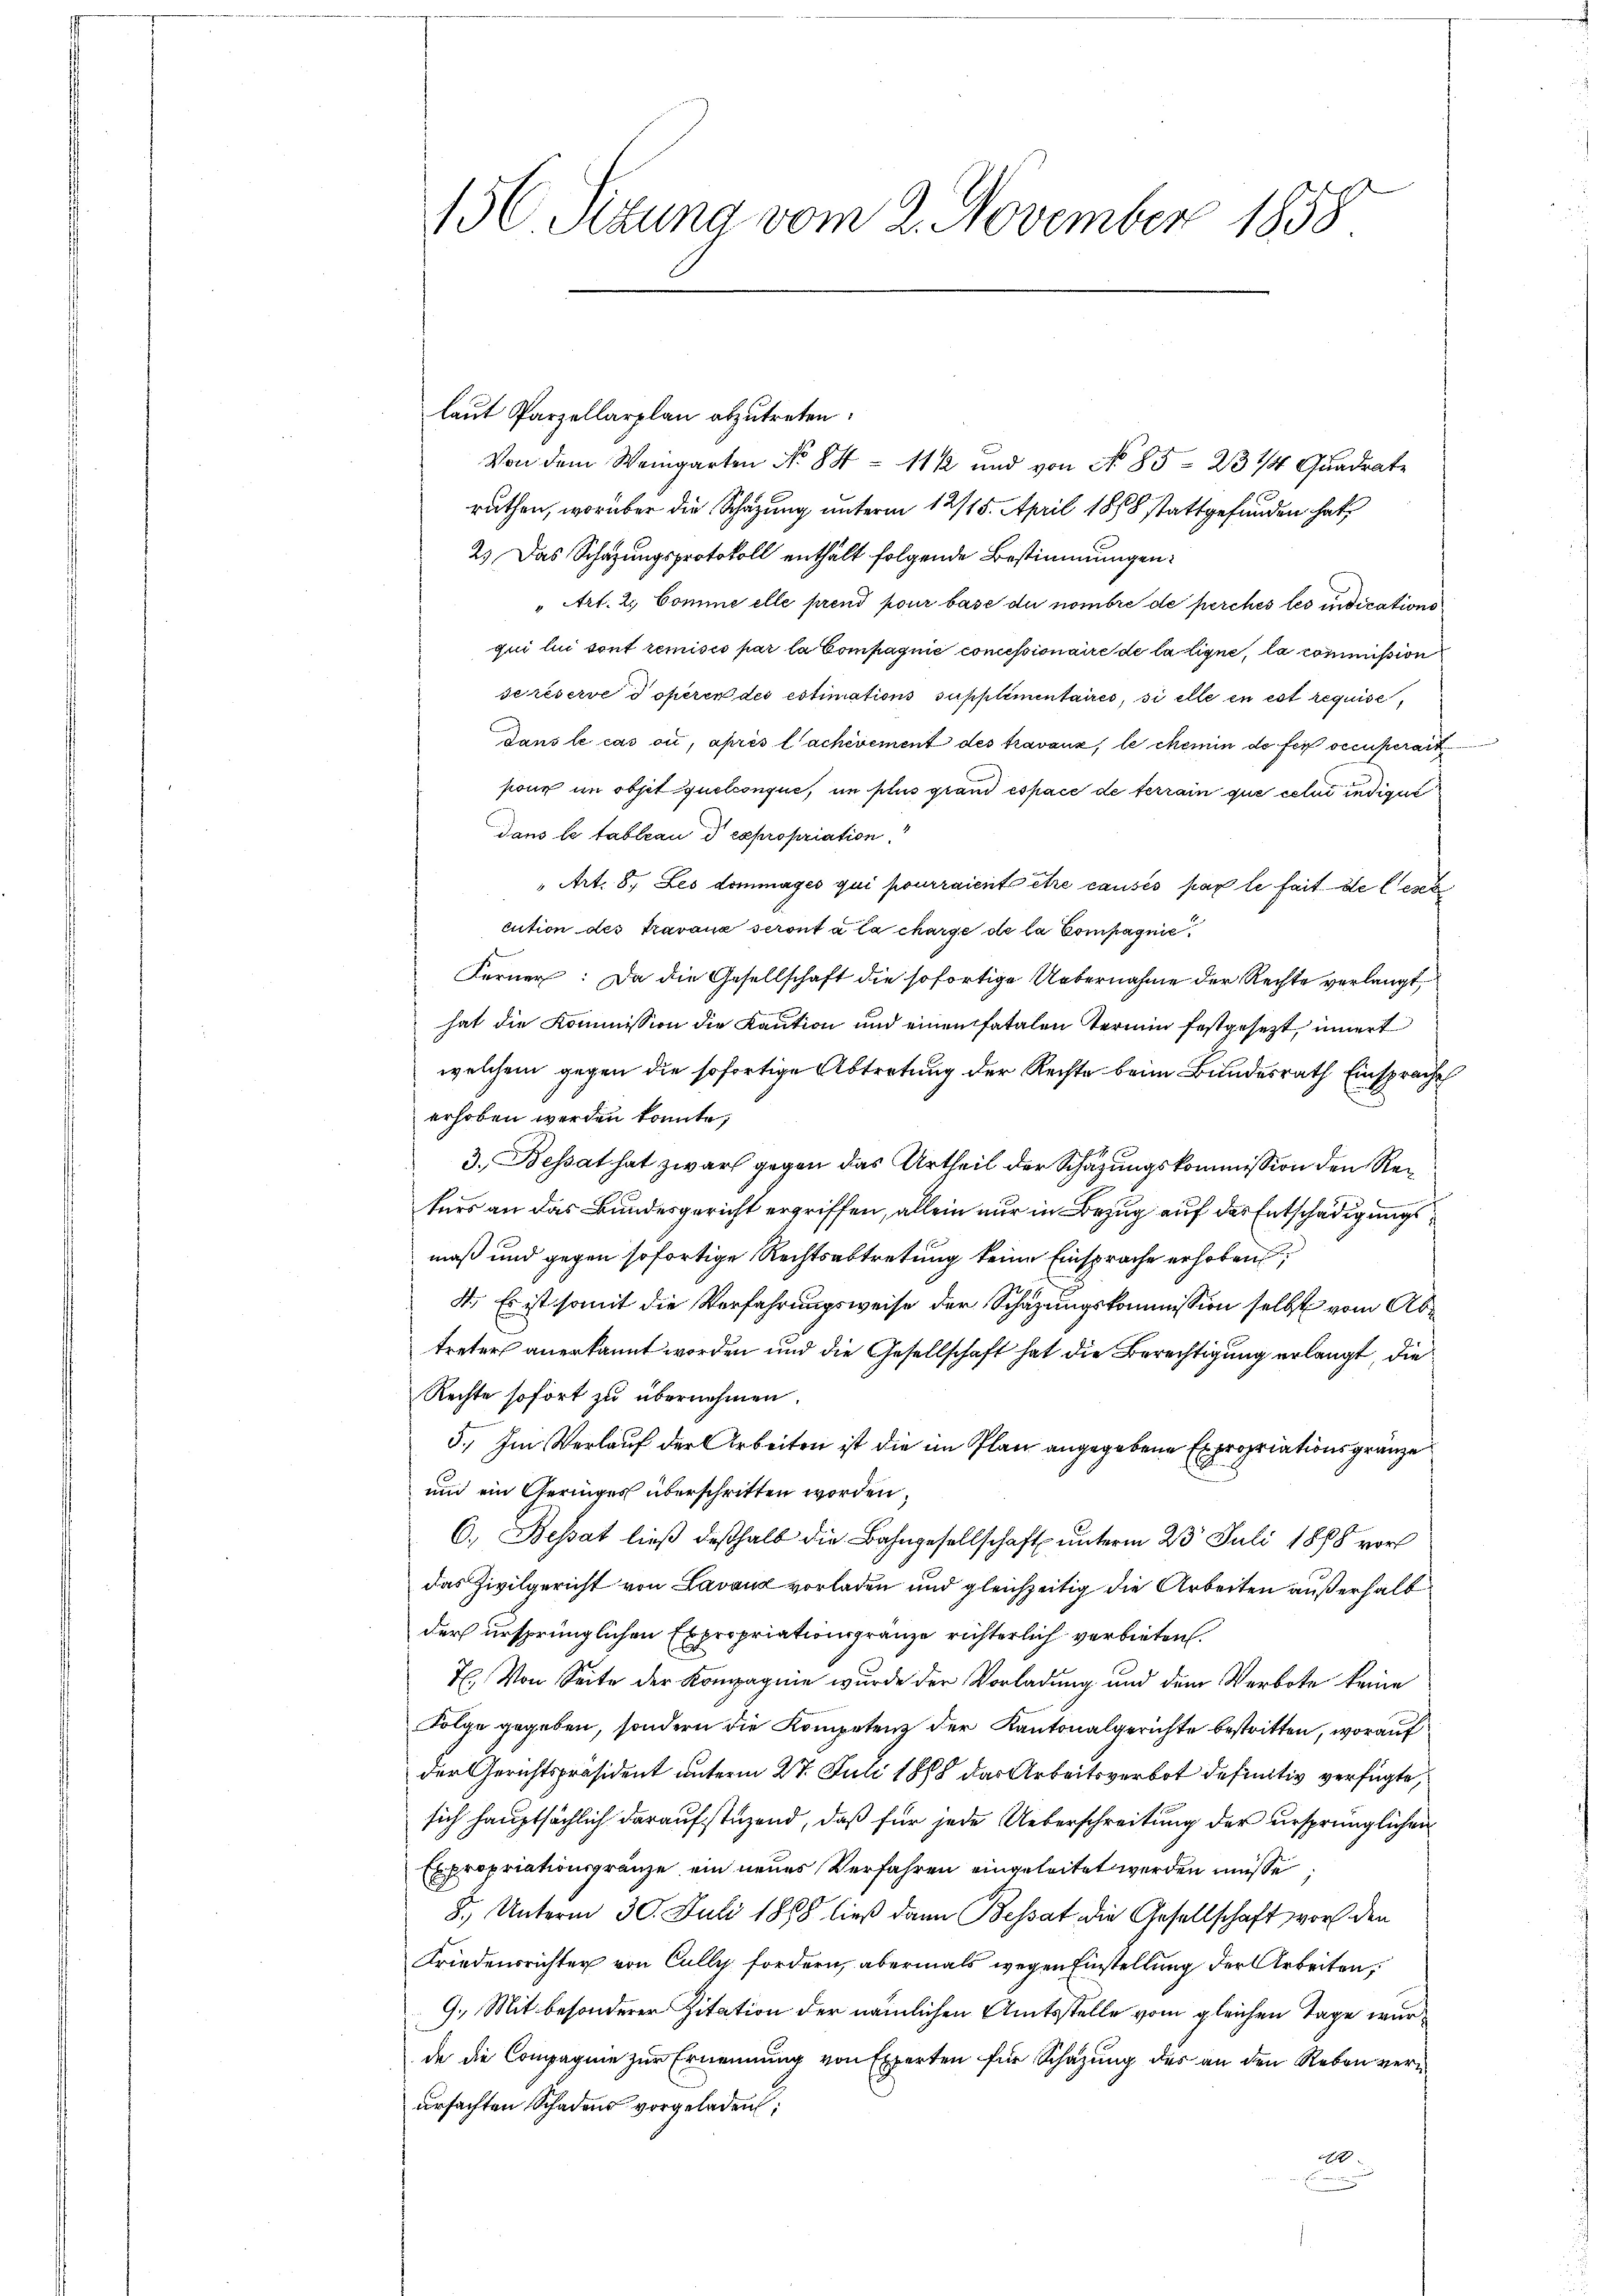
laut Parzellarplan abzutreten.
Von dem Weingarten No 84 = 111 und von No 85 - 23 1/4 Quadrate
ruthen, worüber die Schazung unterm 12/15. April 1858 stattgefunden hat,
2.) Das Schazungsprotokoll enthält folgende Bestimmungen:
" Art. 2. Comme elle prend pour base du nombre de perches les indications
qui lui sont remisés par la Compagnie concessionaire de la ligne, la commission
scréserve d operen des estimations supplimentaires, si elle en est requise,
Dans le cas où, après lachevement des travanz, le chemin de fer occuperart
pour im objet quelconque, in plus grand espace de terrain que celui indigun
dans le tableau d expropriation.
" Art. 8. Les dommages qui pourraient être causés par le fait de lesen
cution des travaux seront à la charge de la Compagnie
Ferner: Da die Gesellschaft die sofortige Uebernahme der Rechte verlangt
hat die Kommission die Kaution und einen fatalen Termin festgesezt, innert
welchem gegen die sofortige Abtretung der Rechte beim Bundesrath Einsprache
erhoben werden könnte;
3. Bessat hat zwar gegen das Urtheil der Schazungskommission den Rekurs an das Bundesgericht ergriffen, allein nur in Bezug auf das Entschädigungsmäß und gegen sofortige Rechtsabtretung keine Einsprache erhoben,
4. Es ist somit die Verfahrungsweise der Schazungskommission selbst vom Abtreter anerkannt worden und die Gesellschaft hat die Berechtigung erlangt, die
Rechte sofort zu übernehmen.
5.) Im Verlauf der Arbeiten ist die im Plan angegebene Expropriationsgränze
und ein Geringes überschritten worden,
6.) Besat ließ deßhalb die Bahngesellschaft unterm 23. Juli 1888 vor
das Zivilgericht von Lavaud vorladen und gleichzeitig die Arbeiten außerhalb
der ursprünglichen Expropriationsgränze richterlich verbieten.
T. Von Seite der Kompagnie wurde der Vorladung und dem Verbote keine
Folge gegeben, sondern die Kompetenz der Kantonalgerichte bestritten, worauf
der Gerichtspräsident unterm 27. Juli 1888 das Arbeitsverbot definitiv verfügte,
sich hauptsächlich daraufstüzend, daß für jede Ueberschreitung der ursprünglichen
Expropriationsgränze ein neues Verfahren eingeleitet werden müsse.
8. Unterm 30. Juli 1868 ließ dann Besat die Gesellschaft vor den
Friedensrichter von Cully fordern, abermals wegen Einstellung der Arbeiten,
9. Mit besonderer Zitation der nämlichen Amtsstelle vom gleichen Tage wurde die Compagnie zur Ernennung von Experten für Schazung des an den Reben vernursachten Schadens vorgeladen;
9

15C Sizung vom 2. November 1858